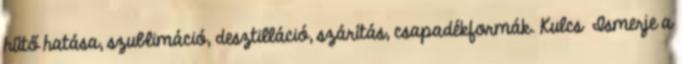
hűtő hatása, szublimáció, desztilláció, szárítás, csapadékformák. Kulcs Ismerje a